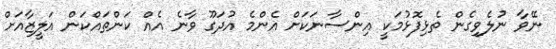
ނޭވާ ނުލެވިގެން ތެޅިފޮޅުމަކީ އިންސާނަކަށް އެންމެ އުދަގޫ ވާނެ އެއް ކަންތައްކަން އަލީޒާއަށް